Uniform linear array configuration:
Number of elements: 48
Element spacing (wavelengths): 0.5
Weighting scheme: blackman
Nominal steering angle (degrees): -60
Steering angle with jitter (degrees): -58.826
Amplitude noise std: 0.05
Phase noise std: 0.05

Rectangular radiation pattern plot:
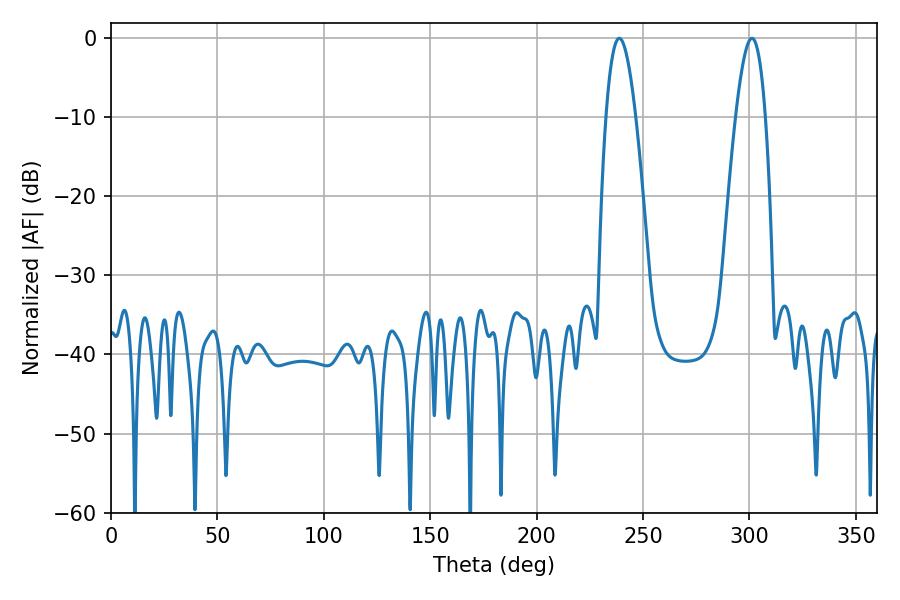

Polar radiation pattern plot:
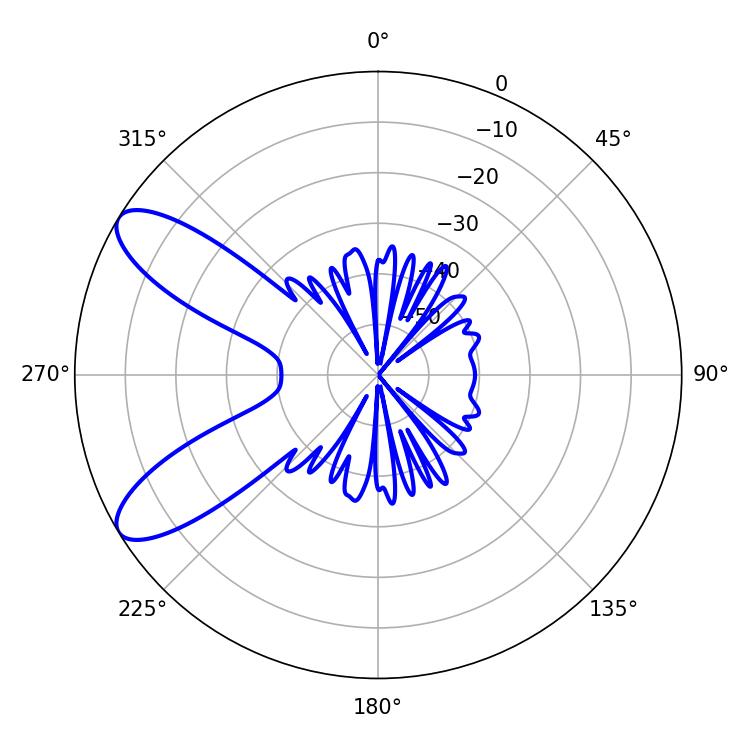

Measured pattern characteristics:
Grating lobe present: FALSE
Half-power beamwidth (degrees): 7.56
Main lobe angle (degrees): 238.86